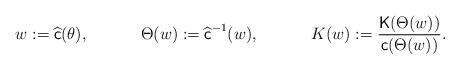
LaTeX: \begin{align*}&w:=\widehat{\textsf{c}}(\theta),&&\Theta(w):= \widehat{\textsf{c}}^{-1}(w),&&K(w):=\frac{\mathsf{K}(\Theta(w))}{\textsf{c}(\Theta(w))}.\end{align*}